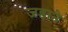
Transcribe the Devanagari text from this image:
जडाने